342_HS1-416511228_319.1 Flying Discs 1949
Agency: Department of War
Incident date: 1/9/50
Page 37
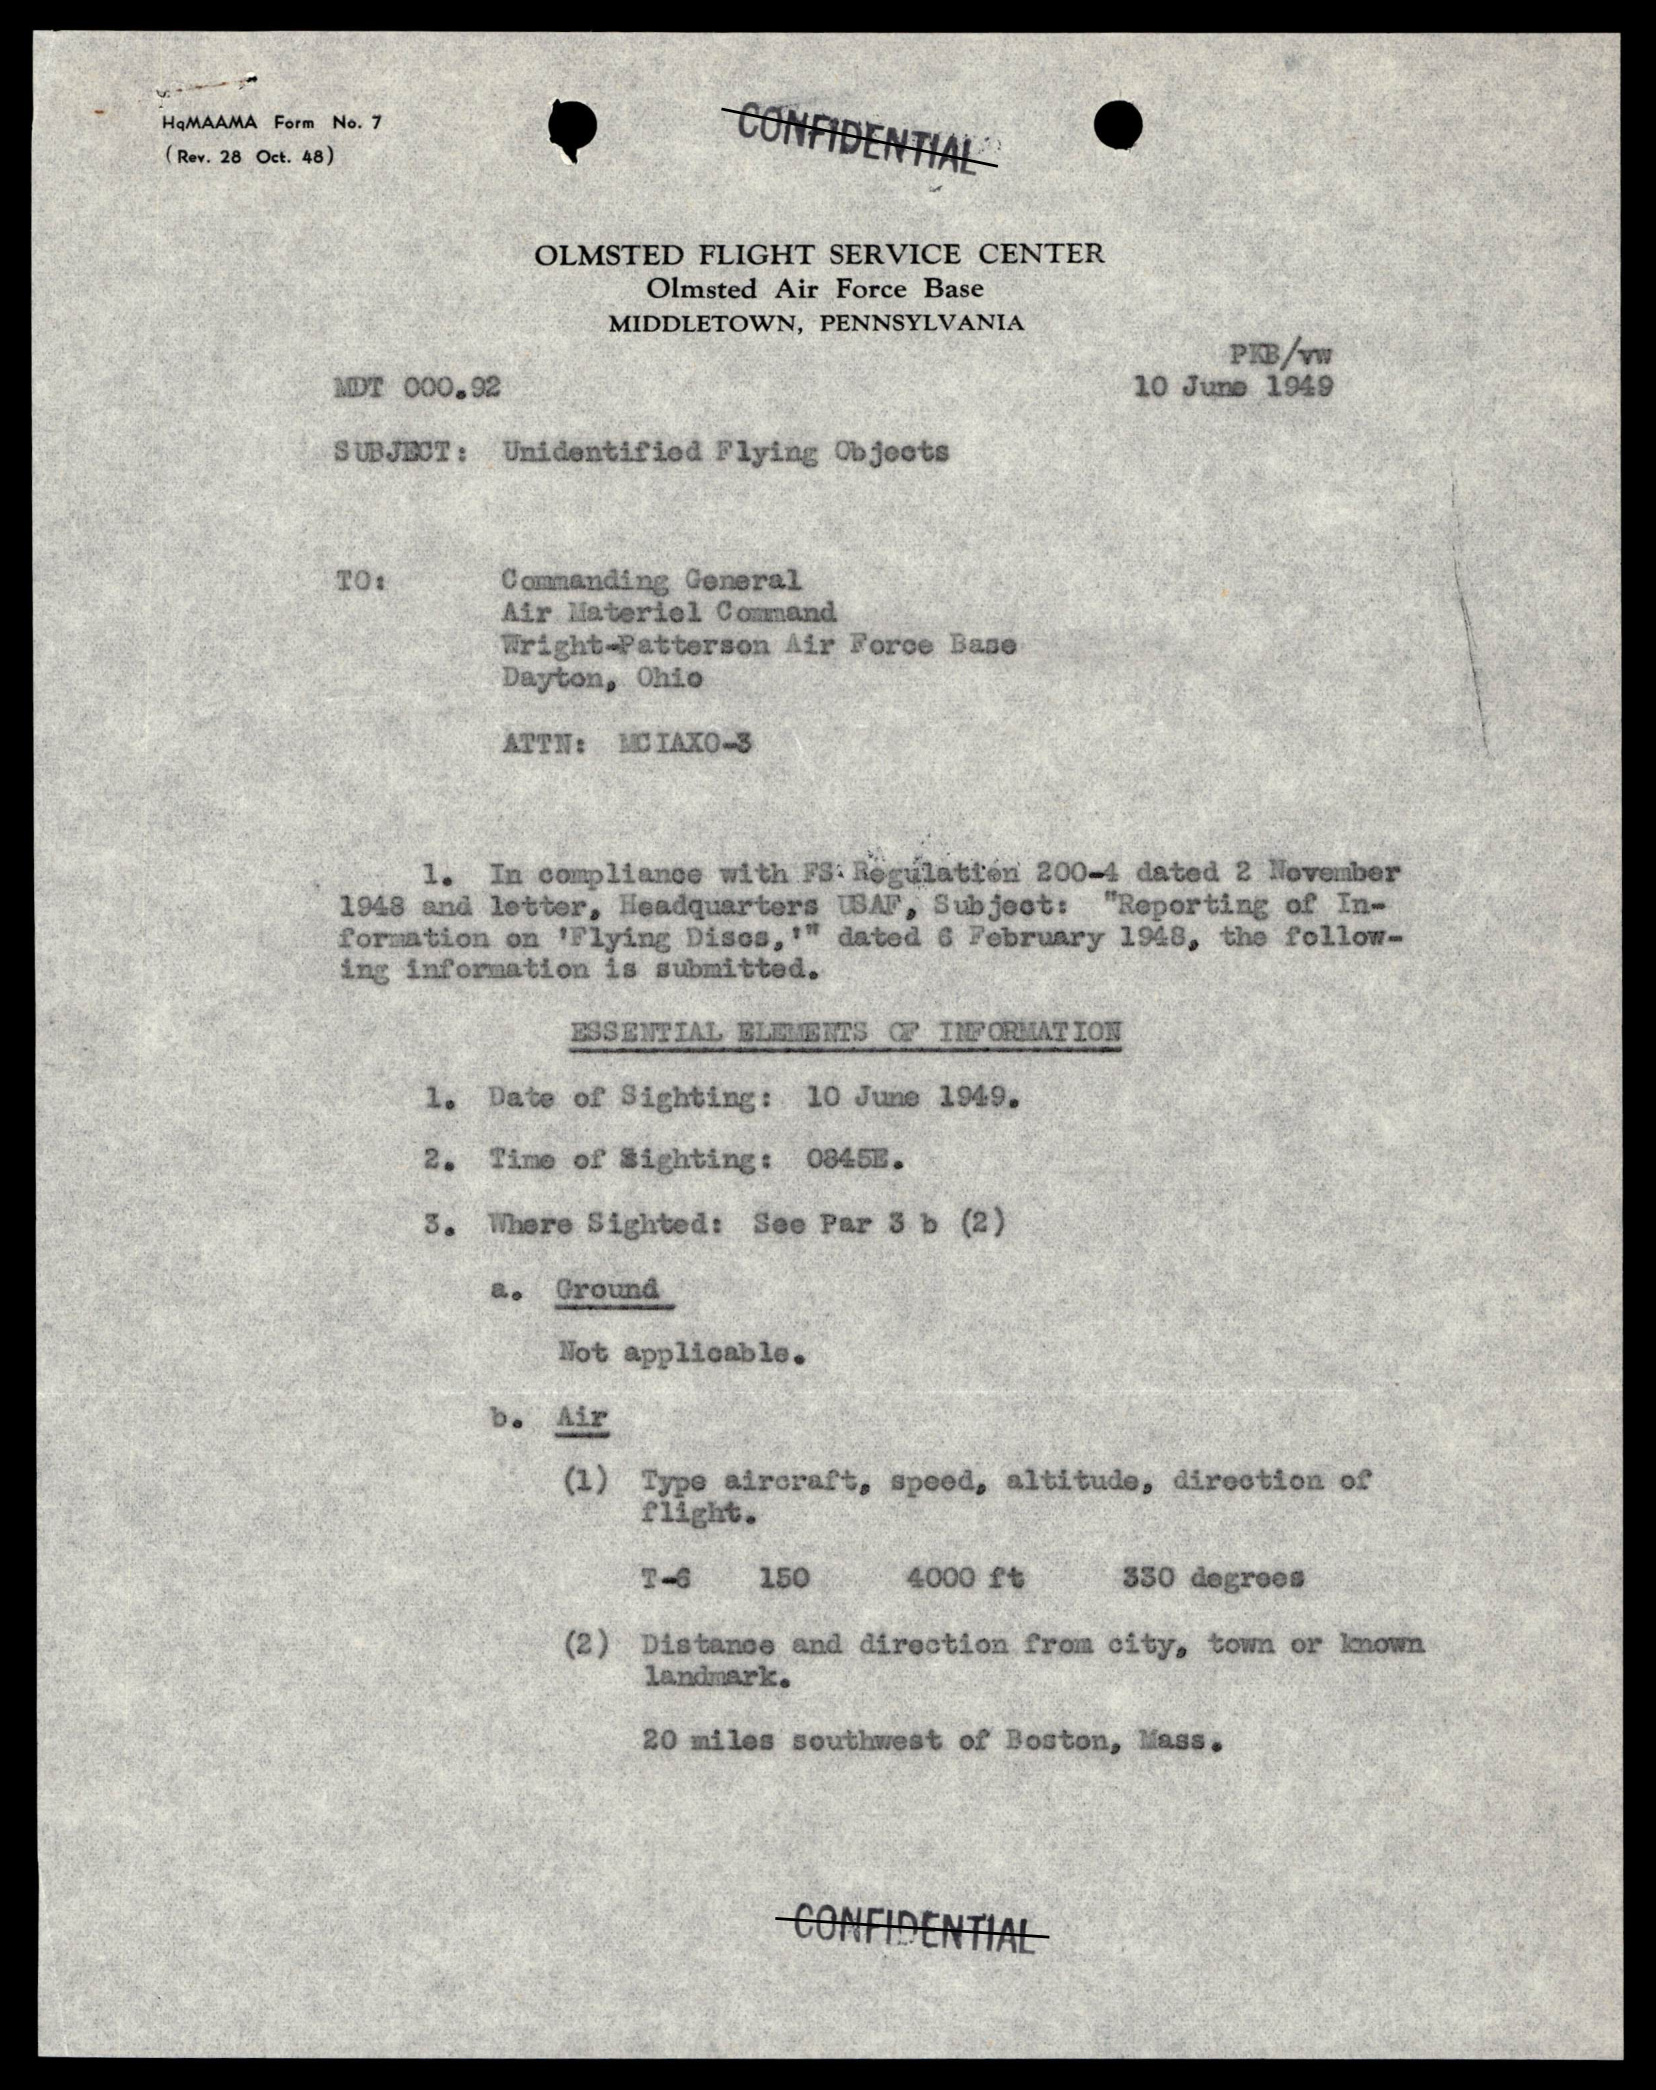